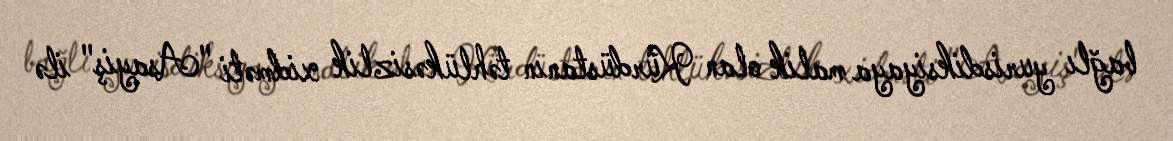
bağlı yurisdiksiyaya malik olan Kürdüstanın təhlükəsizlik xidməti "Asayiş" ilə